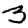
Digit: 3